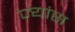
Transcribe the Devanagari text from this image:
ज्यांस